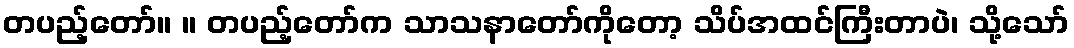
တပည့်တော်။ ။ တပည့်တော်က သာသနာတော်ကိုတော့ သိပ်အထင်ကြီးတာပဲ၊ သို့သော်